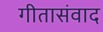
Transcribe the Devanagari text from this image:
गीतासंवाद